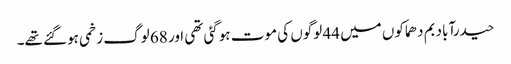
حیدرآباد بم دھماکوں میں 44 لوگوں کی موت ہوگئی تھی اور 68 لوگ زخمی ہوگئے تھے۔